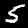
Label: 5